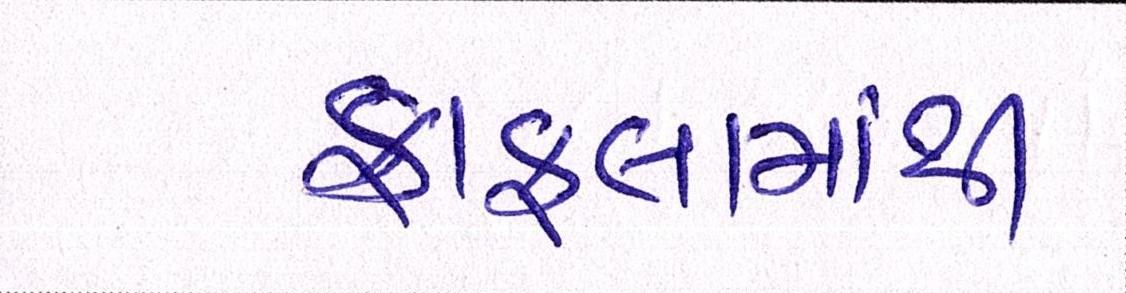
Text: કાફલામાંથી